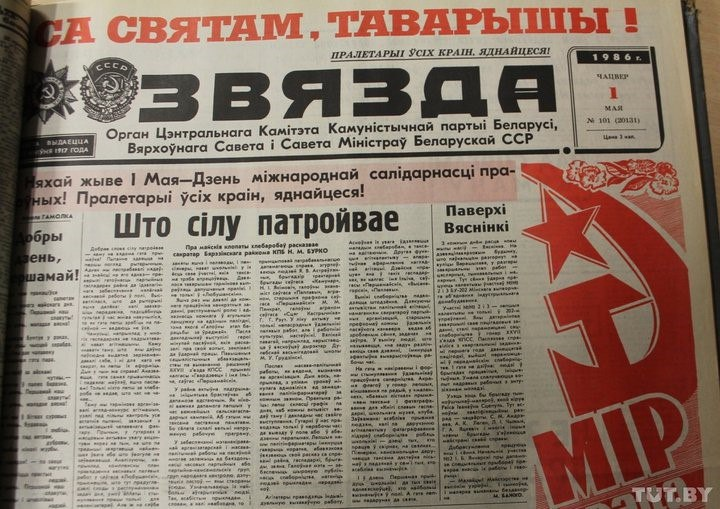
Language: be